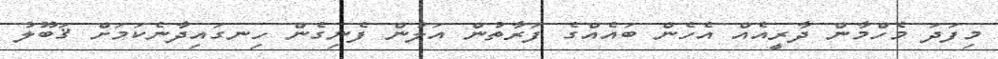
މިފަދަ މެހްމާން ދާރީއެއް އެހެން ބައެއްގެ ފަރާތުން އަލުން ފެނިގެން ހިނގައިދާނެކަމަށް ޤަބޫލު